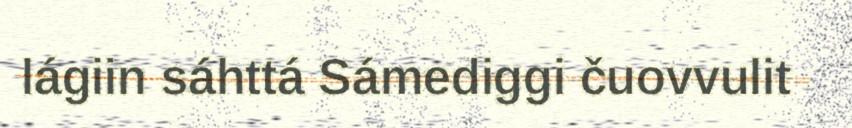
lágiin sáhttá Sámediggi čuovvulit